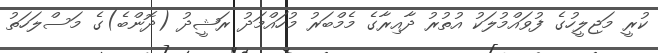
ކުރީ މަޖިލީހުގެ ފުވައްމުލަކު އުތުރު ދާއިރާގެ މެމްބަރު މުހައްމަދު ރަޝީދު (ދޮންބެ)ގެ މަސްލަހަތު